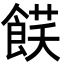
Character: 𩜈